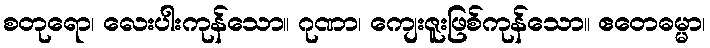
စတုရော၊ လေးပါးကုန်သော။ ဂုဏာ၊ ကျေးဇူးဖြစ်ကုန်သော။ ဧတေဓမ္မာ၊